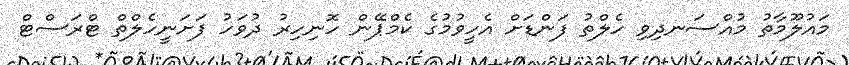
މައުލޫމާތު މުއްސަނދިވި ހެލްތު ފަންޑަށް އެހީވުމުގެ ކެމްޕޭން ހޮނިހިރު ދުވަހު ފަށަނީހެލްތް ޓްރަސްޓް